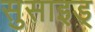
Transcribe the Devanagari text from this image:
सुसाइड्